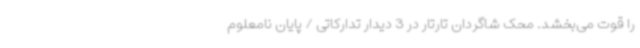
را قوت می‌بخشد. محک شاگردان تارتار در 3 دیدار تدارکاتی / پایان نامعلوم